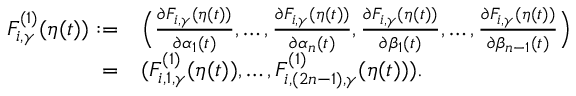
\begin{array} { r l } { F _ { i , \gamma } ^ { ( 1 ) } ( \eta ( t ) ) : = } & { \Big ( \frac { \partial F _ { i , \gamma } ( \eta ( t ) ) } { \partial \alpha _ { 1 } ( t ) } , \ldots , \frac { \partial F _ { i , \gamma } ( \eta ( t ) ) } { \partial \alpha _ { n } ( t ) } , \frac { \partial F _ { i , \gamma } ( \eta ( t ) ) } { \partial \beta _ { 1 } ( t ) } , \ldots , \frac { \partial F _ { i , \gamma } ( \eta ( t ) ) } { \partial \beta _ { n - 1 } ( t ) } \Big ) } \\ { = } & { ( F _ { i , 1 , \gamma } ^ { ( 1 ) } ( \eta ( t ) ) , \ldots , F _ { i , ( 2 n - 1 ) , \gamma } ^ { ( 1 ) } ( \eta ( t ) ) ) . } \end{array}